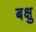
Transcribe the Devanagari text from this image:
बक्षु